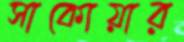
সাকোয়ার